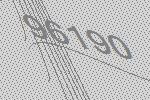
96190